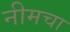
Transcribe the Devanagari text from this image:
नीमचा